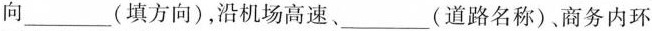
向___(填方向)，沿机场高速、___(道路名称)，商务内环